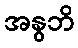
အနွဘိ